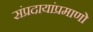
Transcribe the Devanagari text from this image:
संप्रदायांप्रमाणो